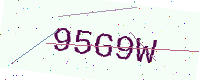
Text: 95G9W